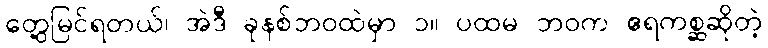
တွေ့မြင်ရတယ်၊ အဲဒီ ခုနစ်ဘဝထဲမှာ ၁။ ပထမ ဘဝက ဧရကစ္ဆဆိုတဲ့